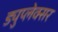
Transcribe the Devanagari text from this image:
ड्युप्लेक्सर